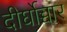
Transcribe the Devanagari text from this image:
दीर्घोच्चार